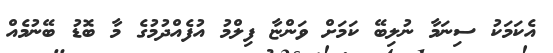
އެކަމަކު ސިނަމާ ނުލިބޭ ކަމަށް ވަންޏާ ފިލްމު އުފެއްދުމުގެ މާ ބޮޑު ބޭނުމެއް